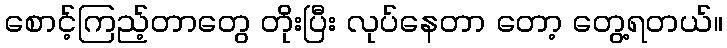
စောင့်ကြည့်တာတွေ တိုးပြီး လုပ်နေတာ တော့ တွေ့ရတယ်။